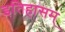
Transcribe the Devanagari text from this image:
इतिहासम्